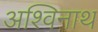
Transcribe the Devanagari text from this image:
अश्विनाथ